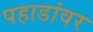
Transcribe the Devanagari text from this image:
पहाडांवर